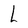
Character: L